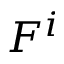
F ^ { i }